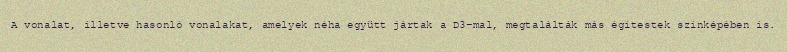
A vonalat, illetve hasonló vonalakat, amelyek néha együtt jártak a D3-mal, megtalálták más égitestek színképében is.